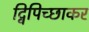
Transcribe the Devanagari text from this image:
द्विपिच्छाकर